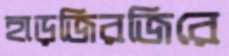
হাড়জিরজিরে